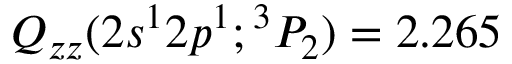
Q _ { z z } ( 2 s ^ { 1 } 2 p ^ { 1 } ; { ^ 3 P _ { 2 } } ) = 2 . 2 6 5